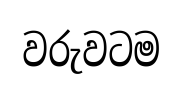
වරුවටම